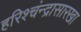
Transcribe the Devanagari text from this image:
हरिश्चंन्द्रासारखा